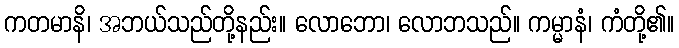
ကတမာနိ၊ အဘယ်သည်တို့နည်း။ လောဘော၊ လောဘသည်။ ကမ္မာနံ၊ ကံတို့၏။